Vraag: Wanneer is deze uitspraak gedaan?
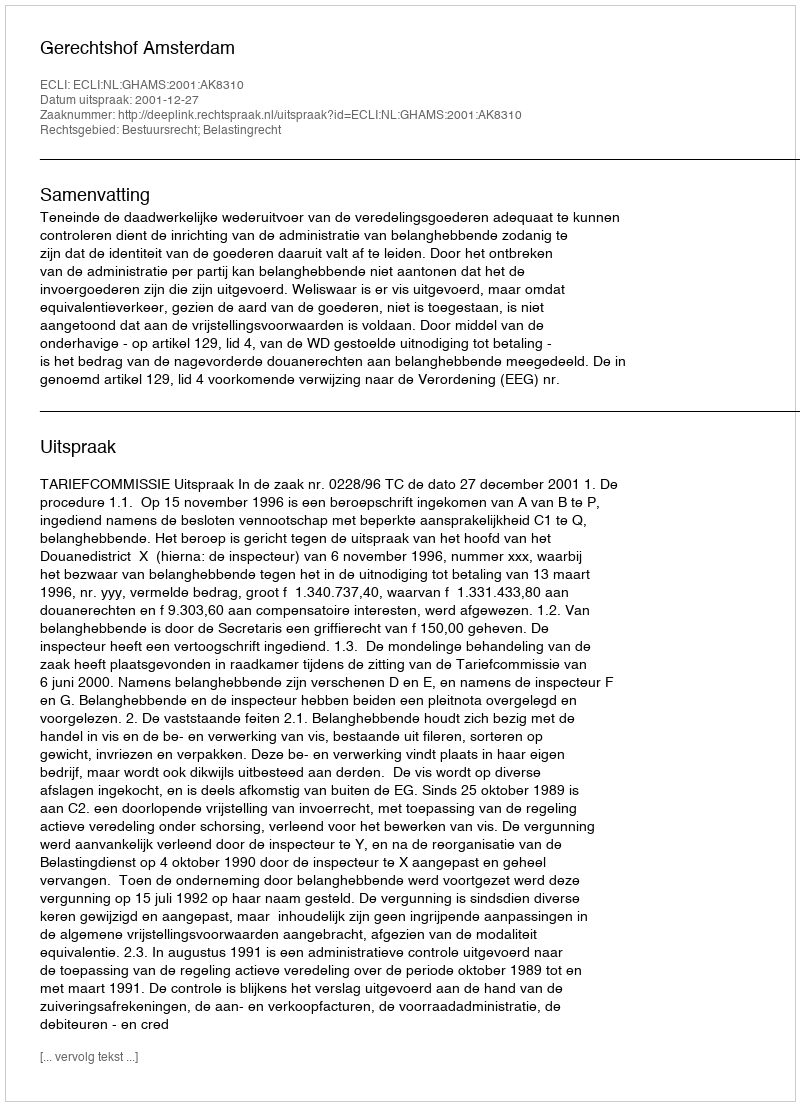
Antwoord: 2001-12-27